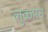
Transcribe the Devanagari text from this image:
लुकमन